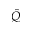
\hat { Q }